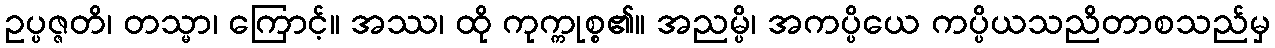
ဥပ္ပဇ္ဇတိ၊ တသ္မာ၊ ကြောင့်။ အဿ၊ ထို ကုက္ကုစ္စ၏။ အညမ္ပိ၊ အကပ္ပိယေ ကပ္ပိယသညိတာစသည်မှ